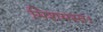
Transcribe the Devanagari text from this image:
मिशमस्त।